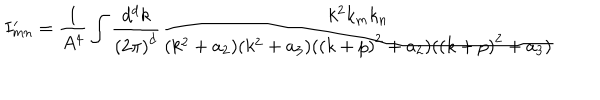
I _ { m n } ^ { \prime } = \frac { 1 } { A ^ { 4 } } \int \frac { d ^ { d } k } { { ( 2 \pi ) } ^ { d } } \frac { k ^ { 2 } k _ { m } k _ { n } } { ( k ^ { 2 } + a _ { 2 } ) ( k ^ { 2 } + a _ { 3 } ) ( { ( k + p ) } ^ { 2 } + a _ { 2 } ) ( { ( k + p ) } ^ { 2 } + a _ { 3 } ) }